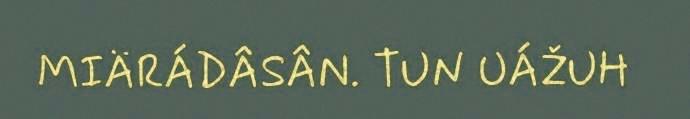
MIÄRÁDÂSÂN. TUN UÁŽUH